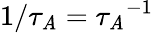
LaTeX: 1/{\tau_{\mathit{A}}}={\tau_{\mathit{A}}}^{-1}